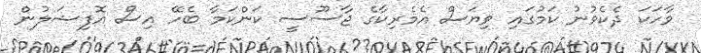
ވާހަކަ ދެކެވުނު ކަމުގައި ވިޔަސް އެމެރިކާގެ ޖާސޫސީ ކަންކަމާ ބެހޭ އިސް އޮފިޝަލުން